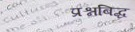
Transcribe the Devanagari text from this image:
प्रश्नबिद्ध